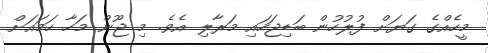
މީހެއްގެ ގަޔަށް ފުލުހުން ބަޑިޖަހައި މަރާލި އެވެ. މި ޖޫން މަހާ ހަމައަށް